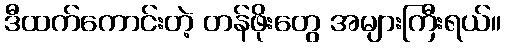
ဒီထက်ကောင်းတဲ့ တန်ဖိုးတွေ အများကြီးရယ်။